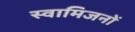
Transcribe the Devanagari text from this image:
स्वामिजनों